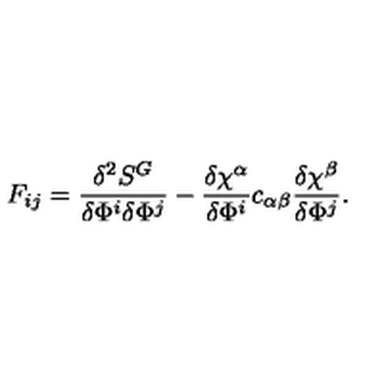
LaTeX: F _ { i j } = \frac { \delta ^ { 2 } S ^ { G } } { \delta \Phi ^ { i } \delta \Phi ^ { j } } - \frac { \delta \chi ^ { \alpha } } { \delta \Phi ^ { i } } c _ { \alpha \beta } \frac { \delta \chi ^ { \beta } } { \delta \Phi ^ { j } } .